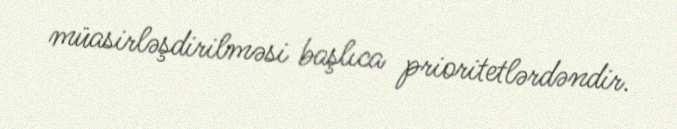
müasirləşdirilməsi başlıca prioritetlərdəndir.